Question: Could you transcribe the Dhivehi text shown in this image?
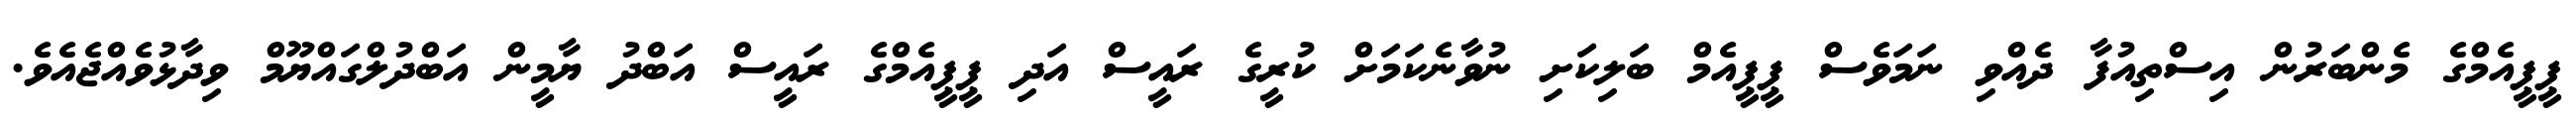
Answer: ޕީޕީއެމްގެ މެންބަރުން އިސްތިއުފާ ދެއްވި ނަމަވެސް ޕީޕީއެމް ބަލިކަށި ނުވާނެކަމަށް ކުރީގެ ރައީސް އަދި ޕީޕީއެމްގެ ރައީސް އަބްދު ޔާމީން އަބްދުލްގައްޔޫމް ވިދާޅުވެއްޖެއެވެ.